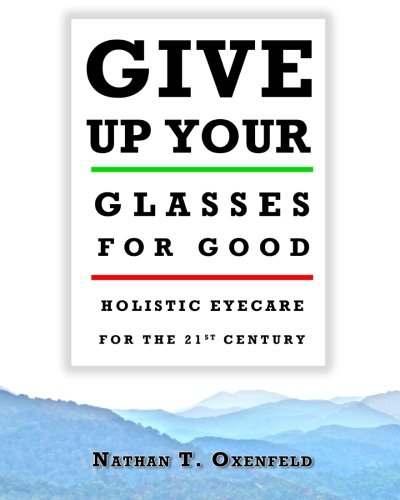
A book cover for Give Up Your Glasses for Good: Holistic Eyecare for the 21st Century; Nathan T Oxenfeld; Health, Fitness & Dieting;